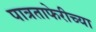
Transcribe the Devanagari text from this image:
पात्रताफेरीच्या